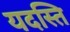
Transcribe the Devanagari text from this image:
यदस्ति